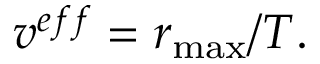
v ^ { e f f } = r _ { \operatorname* { m a x } } / T .